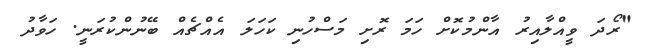
"ރޯދަ ވީއްލާއިރު އާންމުކޮށް ހަމަ ރޮށި މަސްހުނި ކަހަލަ އެއްޗެއް ބޭނުންކުރަނީ. ހަވާދު